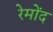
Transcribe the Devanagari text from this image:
रेमोंद